Indian journal of veterinary science and animal husbandry - Volume 5,
Year: 1935
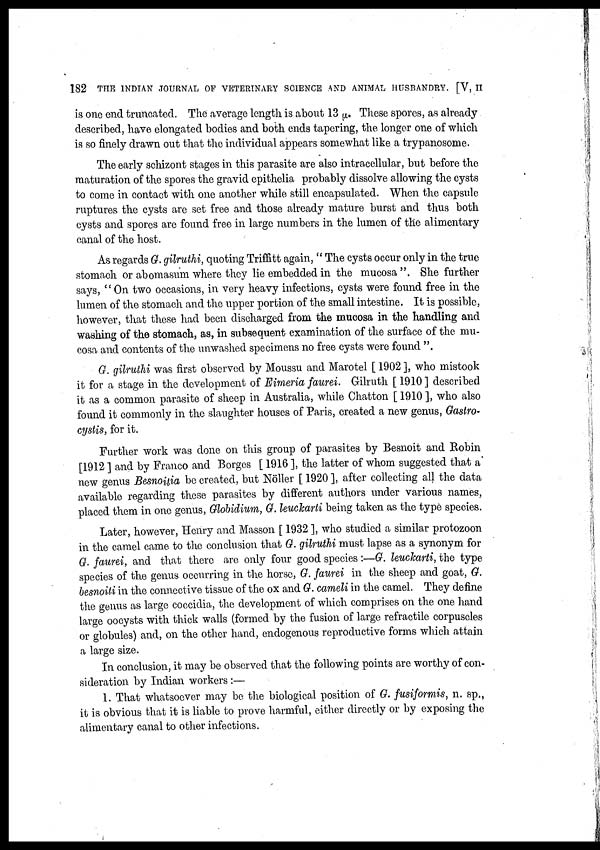
182 THE INDIAN JOURNAL OF VETERINARY SCIENCE AND ANIMAL HUSBANDRY. [V, II
is one end truncated. The average length is about 13 μ. These spores, as already
described, have elongated bodies and both ends tapering, the longer one of which
is so finely drawn out that the individual appears somewhat like a trypanosome.
The early schizont stages in this parasite are also intracellular, but before the
maturation of the spores the gravid epithelia probably dissolve allowing the cysts
to come in contact with one another while still encapsulated. When the capsule
ruptures the cysts are set free and those already mature burst and thus both
cysts and spores are found free in large numbers in the lumen of the alimentary
canal of the host.
As regards G. gilruthi, quoting Triffitt again, " The cysts occur only in the true
stomach or abomasum where they lie embedded in the mucosa ". She further
says, "On two occasions, in very heavy infections, cysts were found free in the
lumen of the stomach and the upper portion of the small intestine. It is possible,
however, that these had been discharged from the mucosa in the handling and
washing of the stomach, as, in subsequent examination of the surface of the mu
cosa and contents of the unwashed specimens no free cysts were found ".
G. gilruthi was first observed by Moussu and Marotel [ 1902 ], who mistook
it for a stage in the development of Eimeria faurei. Gilruth [ 1910 ] described
it as a common parasite of sheep in Australia, while Chatton [ 1910 ], who also
found it commonly in the slaughter houses of Paris, created a new genus, Gastro-
cystis, for it.
Further work was done on this group of parasites by Besnoit and Robin
[1912 ] and by Franco and Borges [ 1916 ], the latter of whom suggested that a'
new genus Besnoitia be created, but Nöller [ 1920 ], after collecting all the data
available regarding these parasites by different authors under various names,
placed them in one genus, Globidium, G. leucharti being taken as the type species.
Later, however, Henry and Masson [ 1932 ], who studied a similar protozoon
in the camel came to the conclusion that G. gilruthi must lapse as a synonym for
G. faurei, and that there are only four good species:—G. leuckarti, the type
species of the genus occurring in the horse, G. faurei in the sheep and goat, G.
besnoiti in the connective tissue of the ox and G. cameli in the camel. They define
the genus as large coccidia, the development of which comprises on the one hand
large oocysts with thick walls (formed by the fusion of large refractile corpuscles
or globules) and, on the other hand, endogenous reproductive forms which attain
a large size.
In conclusion, it may be observed that the following points are worthy of con-
sideration by Indian workers :—
1. That whatsoever may be the biological position of G. fusiformis, n. sp.,
it is obvious that it is liable to prove harmful, either directly or by exposing the
alimentary canal to other infections.